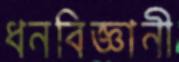
ধনবিজ্ঞানী